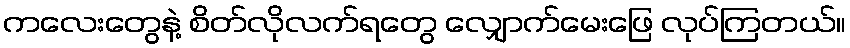
ကလေးတွေနဲ့ စိတ်လိုလက်ရတွေ လျှောက်မေးဖြေ လုပ်ကြတယ်။